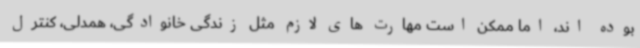
بوده اند، اما ممکن است مهارت های لازم مثل زندگی خانوادگی، همدلی، کنترل